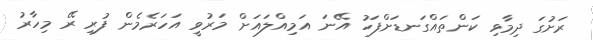
ރަށުގަ ދިމާވި ކަންތައްގަނޑަށްފަހު އޭނަ އަމިއްލައަށް މަރުވީ އަހަރެމެން ފުރި ރޭ މިހާރު